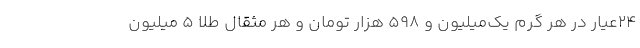
24عیار در هر گرم یک‌میلیون و 598 هزار تومان و هر مثقال طلا 5 میلیون